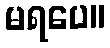
မရပေ။